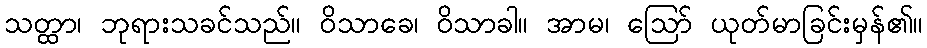
သတ္ထာ၊ ဘုရားသခင်သည်။ ဝိသာခေ၊ ဝိသာခါ။ အာမ၊ ဩော် ယုတ်မာခြင်းမှန်၏။